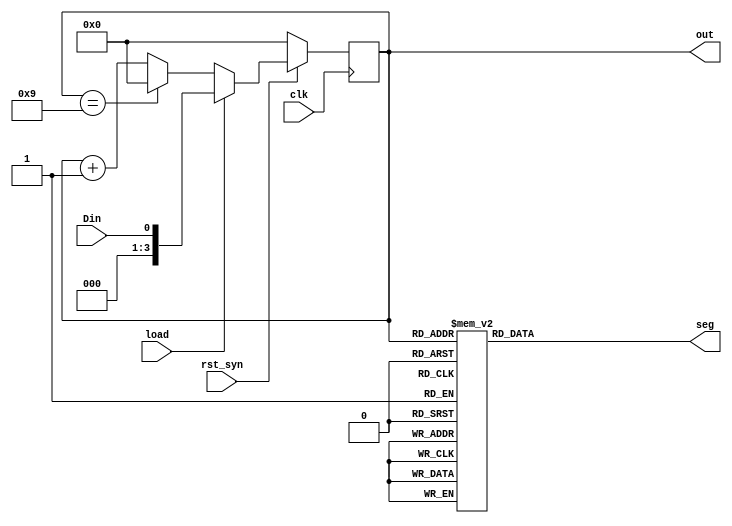
module bcd(clk, rst_syn,out,load,seg,Din); 
input clk,load;
input rst_syn;
input Din;
output[3:0] out;
reg [3:0] out;
output [7:0] seg;
reg [7:0] seg;

always@ (posedge clk)
begin
    if(!rst_syn)
        out=0;
    else if (load) 
        out <=Din; 
    else if(out ==9)
        out=0;
    else    
        out=out+1;
end
always @(out)
    begin
        case (out) 
            0 : seg = 8'b11000000;
            1 : seg = 8'b11111001;
            2 : seg = 8'b10100100;
            3 : seg = 8'b10110000;
            4 : seg = 8'b10011001;
            5 : seg = 8'b10010010;
            6 : seg = 8'b10000010;
            7 : seg = 8'b11111000;
            8 : seg = 8'b10000000;
            9 : seg = 8'b10010000;
            10: seg = 8'b10100000;
            11: seg = 8'b10100111;
            13: seg = 8'b10100001;
            14: seg = 8'b10000100;
            15: seg = 8'b11110001;
            default : seg = 8'b11111111; 
        endcase
    end
endmodule